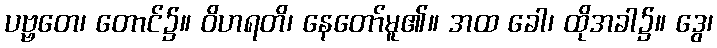
ပဗ္ဗတေ၊ တောင်၌။ ဝိဟရတိ၊ နေတော်မူ၏။ အထ ခေါ၊ ထိုအခါ၌။ ဒွေ၊